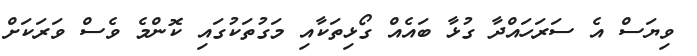
ވިޔަސް އެ ސަރަހައްދާ ގުޅާ ބައެއް ގޯޅިތަކާއި މަގުތަކުގައި ކޮންމެ ވެސް ވަރަކަށް